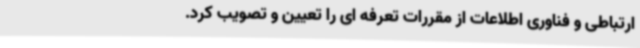
ارتباطی و فناوری اطلاعات از مقررات تعرفه ای را تعیین و تصویب کرد.